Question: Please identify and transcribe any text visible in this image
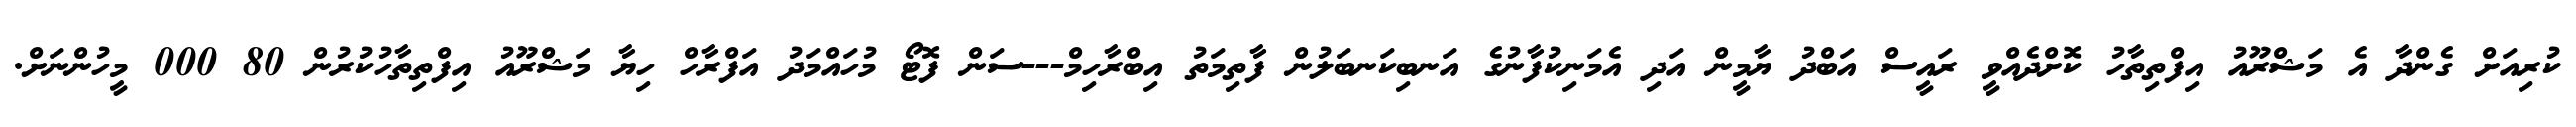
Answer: ކުރިއަށް ގެންދާ އެ މަޝްރޫއު އިފްތިތާހު ކޮށްދެއްވީ ރައީސް އަބްދު ޔާމީން އަދި އެމަނިކުފާނުގެ އަނބިކަނބަލުން ފާތިމަތު އިބްރާހިމް---ސަން ފޮޓޯ މުހައްމަދު އަފްރާހް ހިޔާ މަޝްރޫއު އިފްތިތާހުކުރުން 80 000 މީހުންނަށް.